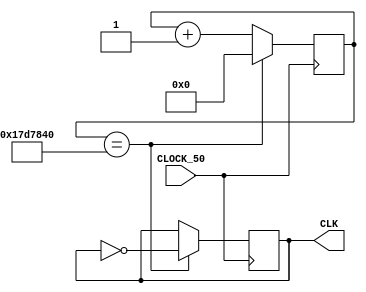
module clk_generate(
		input CLOCK_50,
		output CLK
	);
	
	parameter top_value = 25000000;
	
	reg [27:0]counter = 0;
	reg clk_o = 1'b0;
	always@(posedge CLOCK_50) begin
		if (counter == top_value) begin
			counter <= 0;
			clk_o <= ~clk_o;
			end
		else counter <= counter + 1'b1;
	end
	
	assign CLK = clk_o;
		
endmodule